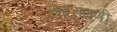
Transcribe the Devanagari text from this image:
सदरांगणी